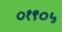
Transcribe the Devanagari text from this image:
०१९०५